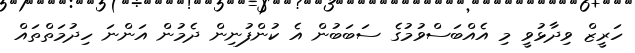
ހަރީޒް ވިދާޅުވީ މި އެއްބަސްވުމުގެ ސަބަބުން އެ ކުންފުނިން ދެމުން އަންނަ ހިދުމަތްތައް